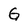
Character: G